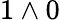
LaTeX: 1\wedge 0